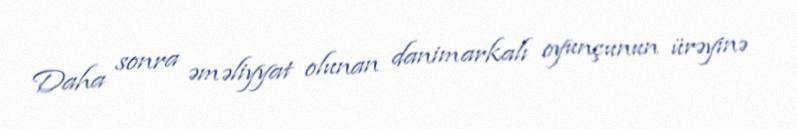
Daha sonra əməliyyat olunan danimarkalı oyunçunun ürəyinə